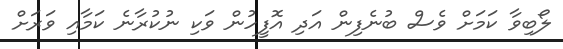
ލޯބިވާ ކަމަށް ވެސް ބުނެފިން އަދި އޮފީހުން ވަކި ނުކުރާނެ ކަމާއި ވަރަށް